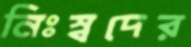
নিঃস্বদের